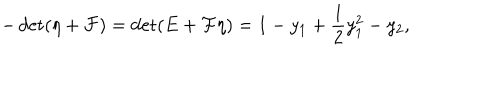
- \det ( \eta + { \cal F } ) = \det ( E + { \cal F } \eta ) = 1 - y _ { 1 } + \frac 1 2 y _ { 1 } ^ { 2 } - y _ { 2 } ,